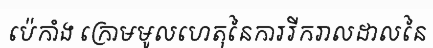
ប៉េកាំង ក្រោមមូលហេតុនៃការរីករាលដាលនៃ